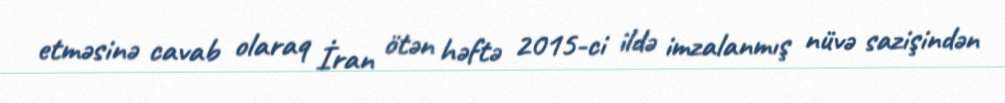
etməsinə cavab olaraq İran ötən həftə 2015-ci ildə imzalanmış nüvə sazişindən